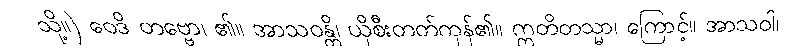
သို့။) ဝေဒိ တဗ္ဗော၊ ၏။ အာသဝန္တိ၊ ယိုစီးတတ်ကုန်၏။ ဣတိတသ္မာ၊ ကြောင့်။ အာသဝါ၊